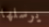
يرسلها